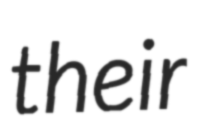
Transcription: their